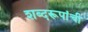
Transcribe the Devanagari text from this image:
शब्दरूपांची